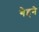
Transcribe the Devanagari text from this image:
गेहने